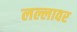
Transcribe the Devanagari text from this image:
लल्लावर